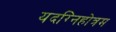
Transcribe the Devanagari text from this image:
यदग्निहोत्रम